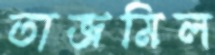
তাজমিল